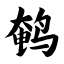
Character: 鹌